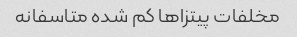
مخلفات پیتزاها کم شده متاسفانه